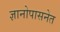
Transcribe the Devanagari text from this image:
ज्ञानोपासनेत